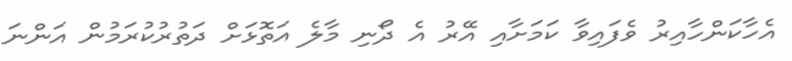
އެހާކަންހާއިރު ވެފައިވާ ކަމަށާއި އޭރު އެ ދޯނި މާލެ އަތޮޅަށް ދަތުރުކުރަމުން އަންނަ